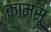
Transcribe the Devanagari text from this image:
कामसू